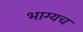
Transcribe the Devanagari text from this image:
भाग्यच